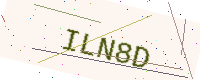
Text: ILN8D